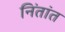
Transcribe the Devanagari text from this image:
निंतांत